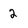
Character: 2